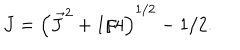
J = \left( \vec { J } ^ { 2 } + 1 / 4 \right) ^ { 1 / 2 } - 1 / 2 .